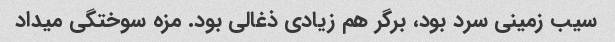
سیب زمینی سرد بود، برگر هم زیادی ذغالی بود. مزه سوختگی میداد